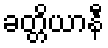
ခတ္တိယာနီ